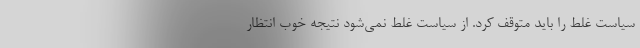
سیاست غلط را باید متوقف کرد. از سیاست غلط نمی‌شود نتیجه خوب انتظار